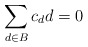
\begin{align*}\sum_{d\in B}c_d d=0\end{align*}